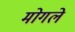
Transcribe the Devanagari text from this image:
मोगले